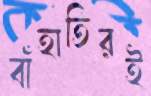
বাঁহাতিরই